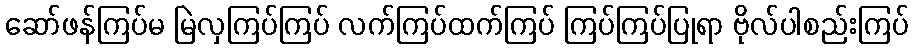
ဆော်ဖန်ကြပ်မ မြဲလှကြပ်ကြပ် လက်ကြပ်ထက်ကြပ် ကြပ်ကြပ်ပြုရာ ဗိုလ်ပါစည်းကြပ်